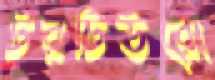
টরটিউরো